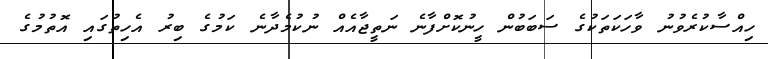
ހިއްސާކުރެވުނު ވާހަކަތަކުގެ ސަބަބުން ހީނުކޮށްފާނެ ނަތީޖާއެއް ނުކުމެދާނެ ކަމުގެ ބިރު އެހިތުގައި އޮތުމުގެ